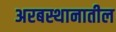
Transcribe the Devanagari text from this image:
अरबस्थानातील